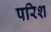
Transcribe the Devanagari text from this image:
परिश